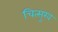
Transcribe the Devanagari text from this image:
चित्सुख